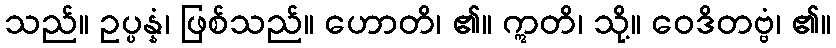
သည်။ ဥပ္ပန္နံ၊ ဖြစ်သည်။ ဟောတိ၊ ၏။ ဣတိ၊ သို့။ ဝေဒိတဗ္ဗံ၊ ၏။